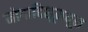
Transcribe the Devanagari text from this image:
मोगादिशूमधून